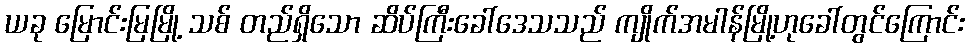
ယခု မြောင်းမြမြို့ သစ် တည်ရှိသော ဆိပ်ကြီးခေါ်ဒေသသည် ကျိုက်အမါန်မြို့ဟုခေါ်တွင်ကြောင်း